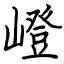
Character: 嶝